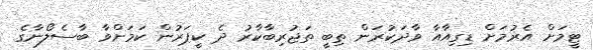
ޓީމަށް އެރުމަށް ޑިގިއާއާ ވާދަކުރަން ތިބީ ތަޖުރިބާކާރު ދެ ކީޕަރުން ކަމަށްވާ ބާސެލޯނާގެ